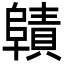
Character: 𮥜